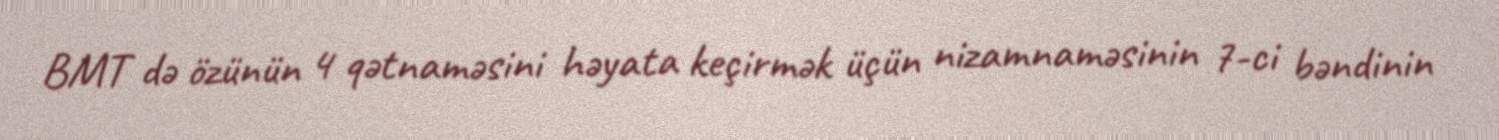
BMT də özünün 4 qətnaməsini həyata keçirmək üçün nizamnaməsinin 7-ci bəndinin